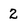
Character: 2